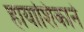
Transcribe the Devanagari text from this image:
हायाशिकाने